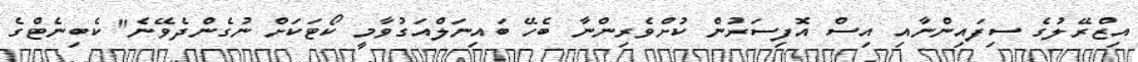
އިޒްރޭލުގެ ސިފައިންނާއި އިސް އޮފިސަރުން ކުށްވެރިންނާ ބެހޭ ބައިނަލްއަގުވާމީ ކޯޓަކަށް ނުގެންދެވޭނެ" ކެބިނެޓްގެ